Madras plague regulations in force outside the Presidency town - Volume 3
Disease focus: Plague
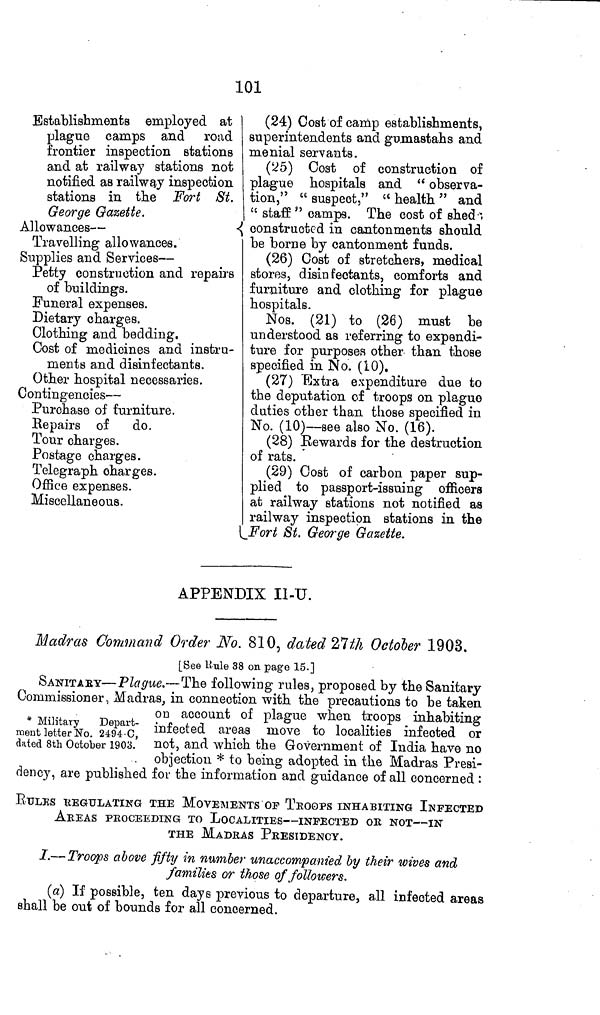
101
Establishments employed at
plague camps and road
frontier inspection stations
and at railway stations not
notified as railway inspection
stations in the Fort St.
George Gazette.
Allowances —
Travelling allowances.
Supplies and Services —
Petty construction and repairs
of buildings.
Funeral expenses.
Dietary charges.
Clothing and bedding.
Cost of medicines and instru-
ments and disinfectants.
Other hospital necessaries.
Contingencies —
Purchase of furniture.
Repairs of
do.
Tour charges.
Postage charges.
Telegraph charges.
Office expenses.
Miscellaneous.
(24) Cost of camp establishments,
superintendents and gumastahs and
menial servants.
(25) Cost of construction of
plague hospitals and " observa-
tion," "suspect," "health" and
" staff " camp. The cost of shed--,
constructed in cantonments should
be borne by cantonment funds.
(26) Cost of stretchers, medical
stores, disinfectants, comforts and
furniture and clothing for plague
hospitals.
Nos. (21) to (26) must be
understood as referring to expendi-
ture for purposes other than those
specified in No. (10).
(27) Extra expenditure due to
the deputation of troops on plague
duties other than those specified in
No. (10)— see also No. (16).
(28) Rewards for the destruction
of rats.
(29) Cost of carbon paper sup-
plied to passport-issuing officers
at railway stations not notified as
railway inspection stations in the
Fort St. George Gazette.
APPENDIX Il-U.
Madras Command Order No. 810, dated 27ih October 1903.
[See Hule 38 on page 15.]
* Military
Depart-
ment letter No. 2494-C,
dated 8th October 1903.
ÖANITABY—Plague.'—The following rules, proposed by the Sanitary
Commissioner, Madras, in connection with the precautions to be taken
OD account of plague when troops inhabiting
infected areas move to localities infected or
not, and which the Government of India have no
objection * to being adopted in the Madras Presi-
dency, are published for the information and guidance of all concerned :
BULKS KEGULATING THE MOVEMENTS OP TROOPS INHABITING INFECTED
AREAS PROCEEDING TO LOCALITIES—INFECTED OR NOT—IN
THE MADRAS PRESIDENCY.
I.— Troops above fifty in number unaccompanied by their wives and
families or those of followers.
(a) If possible, ten days previous to departure, all infected areas
shall be out of bounds for all concerned.